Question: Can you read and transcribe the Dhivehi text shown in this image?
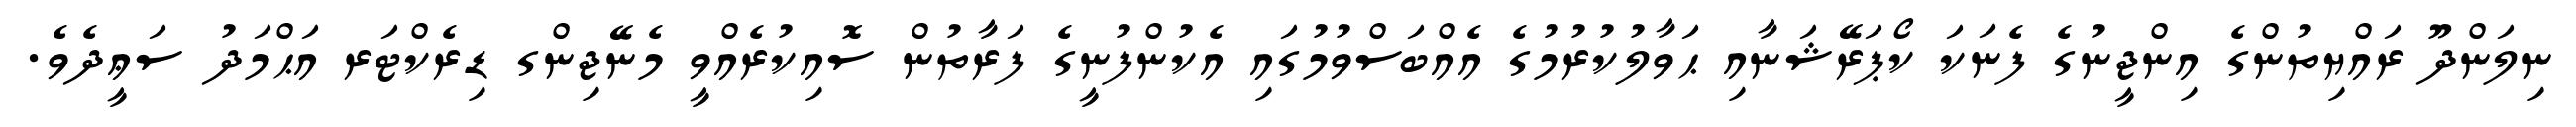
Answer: ނިލަންދޫ ރައްޔިތުންގެ އިންޖީނުގެ ފެނަކަ ކޯޕަރޭޝަނާއި ޙަވާލުކުރުމުގެ އެއްބަސްވުމުގައި އެކުންފުނީގެ ފަރާތުން ސޮއިކުރެއްވީ މެނޭޖިންގ ޑިރެކްޓަރ އަޙްމަދު ސަޢީދެވެ.